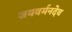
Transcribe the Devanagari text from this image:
जयवर्मनदेव